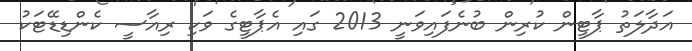
އަދާލަތު ޕާޓީން ކުރިން ބުނެފައިވަނީ 2013 ގައި އެޕާޓީގެ ވަކި ރިއާސީ ކެންޑިޑޭޓަކު